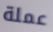
عملة